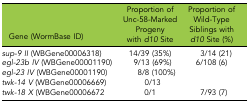
| Gene (WormBase ID) | Proportion of Unc-58-Marked Progeny with d10 Site | Proportion of Wild-Type Siblings with d10 Site (%) |
 | --- | --- | --- |
 | sup-9 II (WBGene00006318) | 14/39 (35%) | 3/14 (21) |
 | egl-23b IV (WBGene00001190) | 9/13 (69%) | 6/108 (6) |
 | egl-23 IV (WBGene00001190) | 8/8 (100%) |  |
 | twk-14 V (WBGene00006669) | 0/13 |  |
 | twk-18 X (WBGene00006672 | 0/1 | 7/93 (7) |